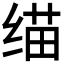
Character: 𰬬